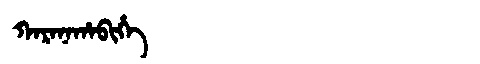
Manchu: ᡴᠠᡵᠠᠨᠠᡥᠠᠪᡳᡥᡝ
Romanization: KARANAHABIHE